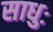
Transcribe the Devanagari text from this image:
साधुः